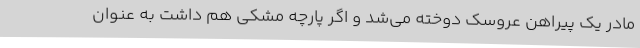
مادر یک پیراهن عروسک دوخته می‌شد و اگر پارچه مشکی هم داشت به عنوان